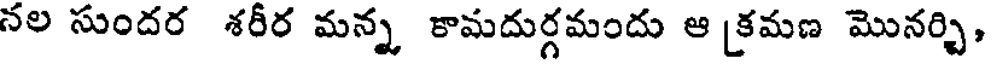
నల సుందర శరీర మన్న కామదుర్గమందు ఆ [కమణ మొనర్చి,